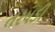
તરધડી